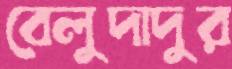
বেলুদাদুর